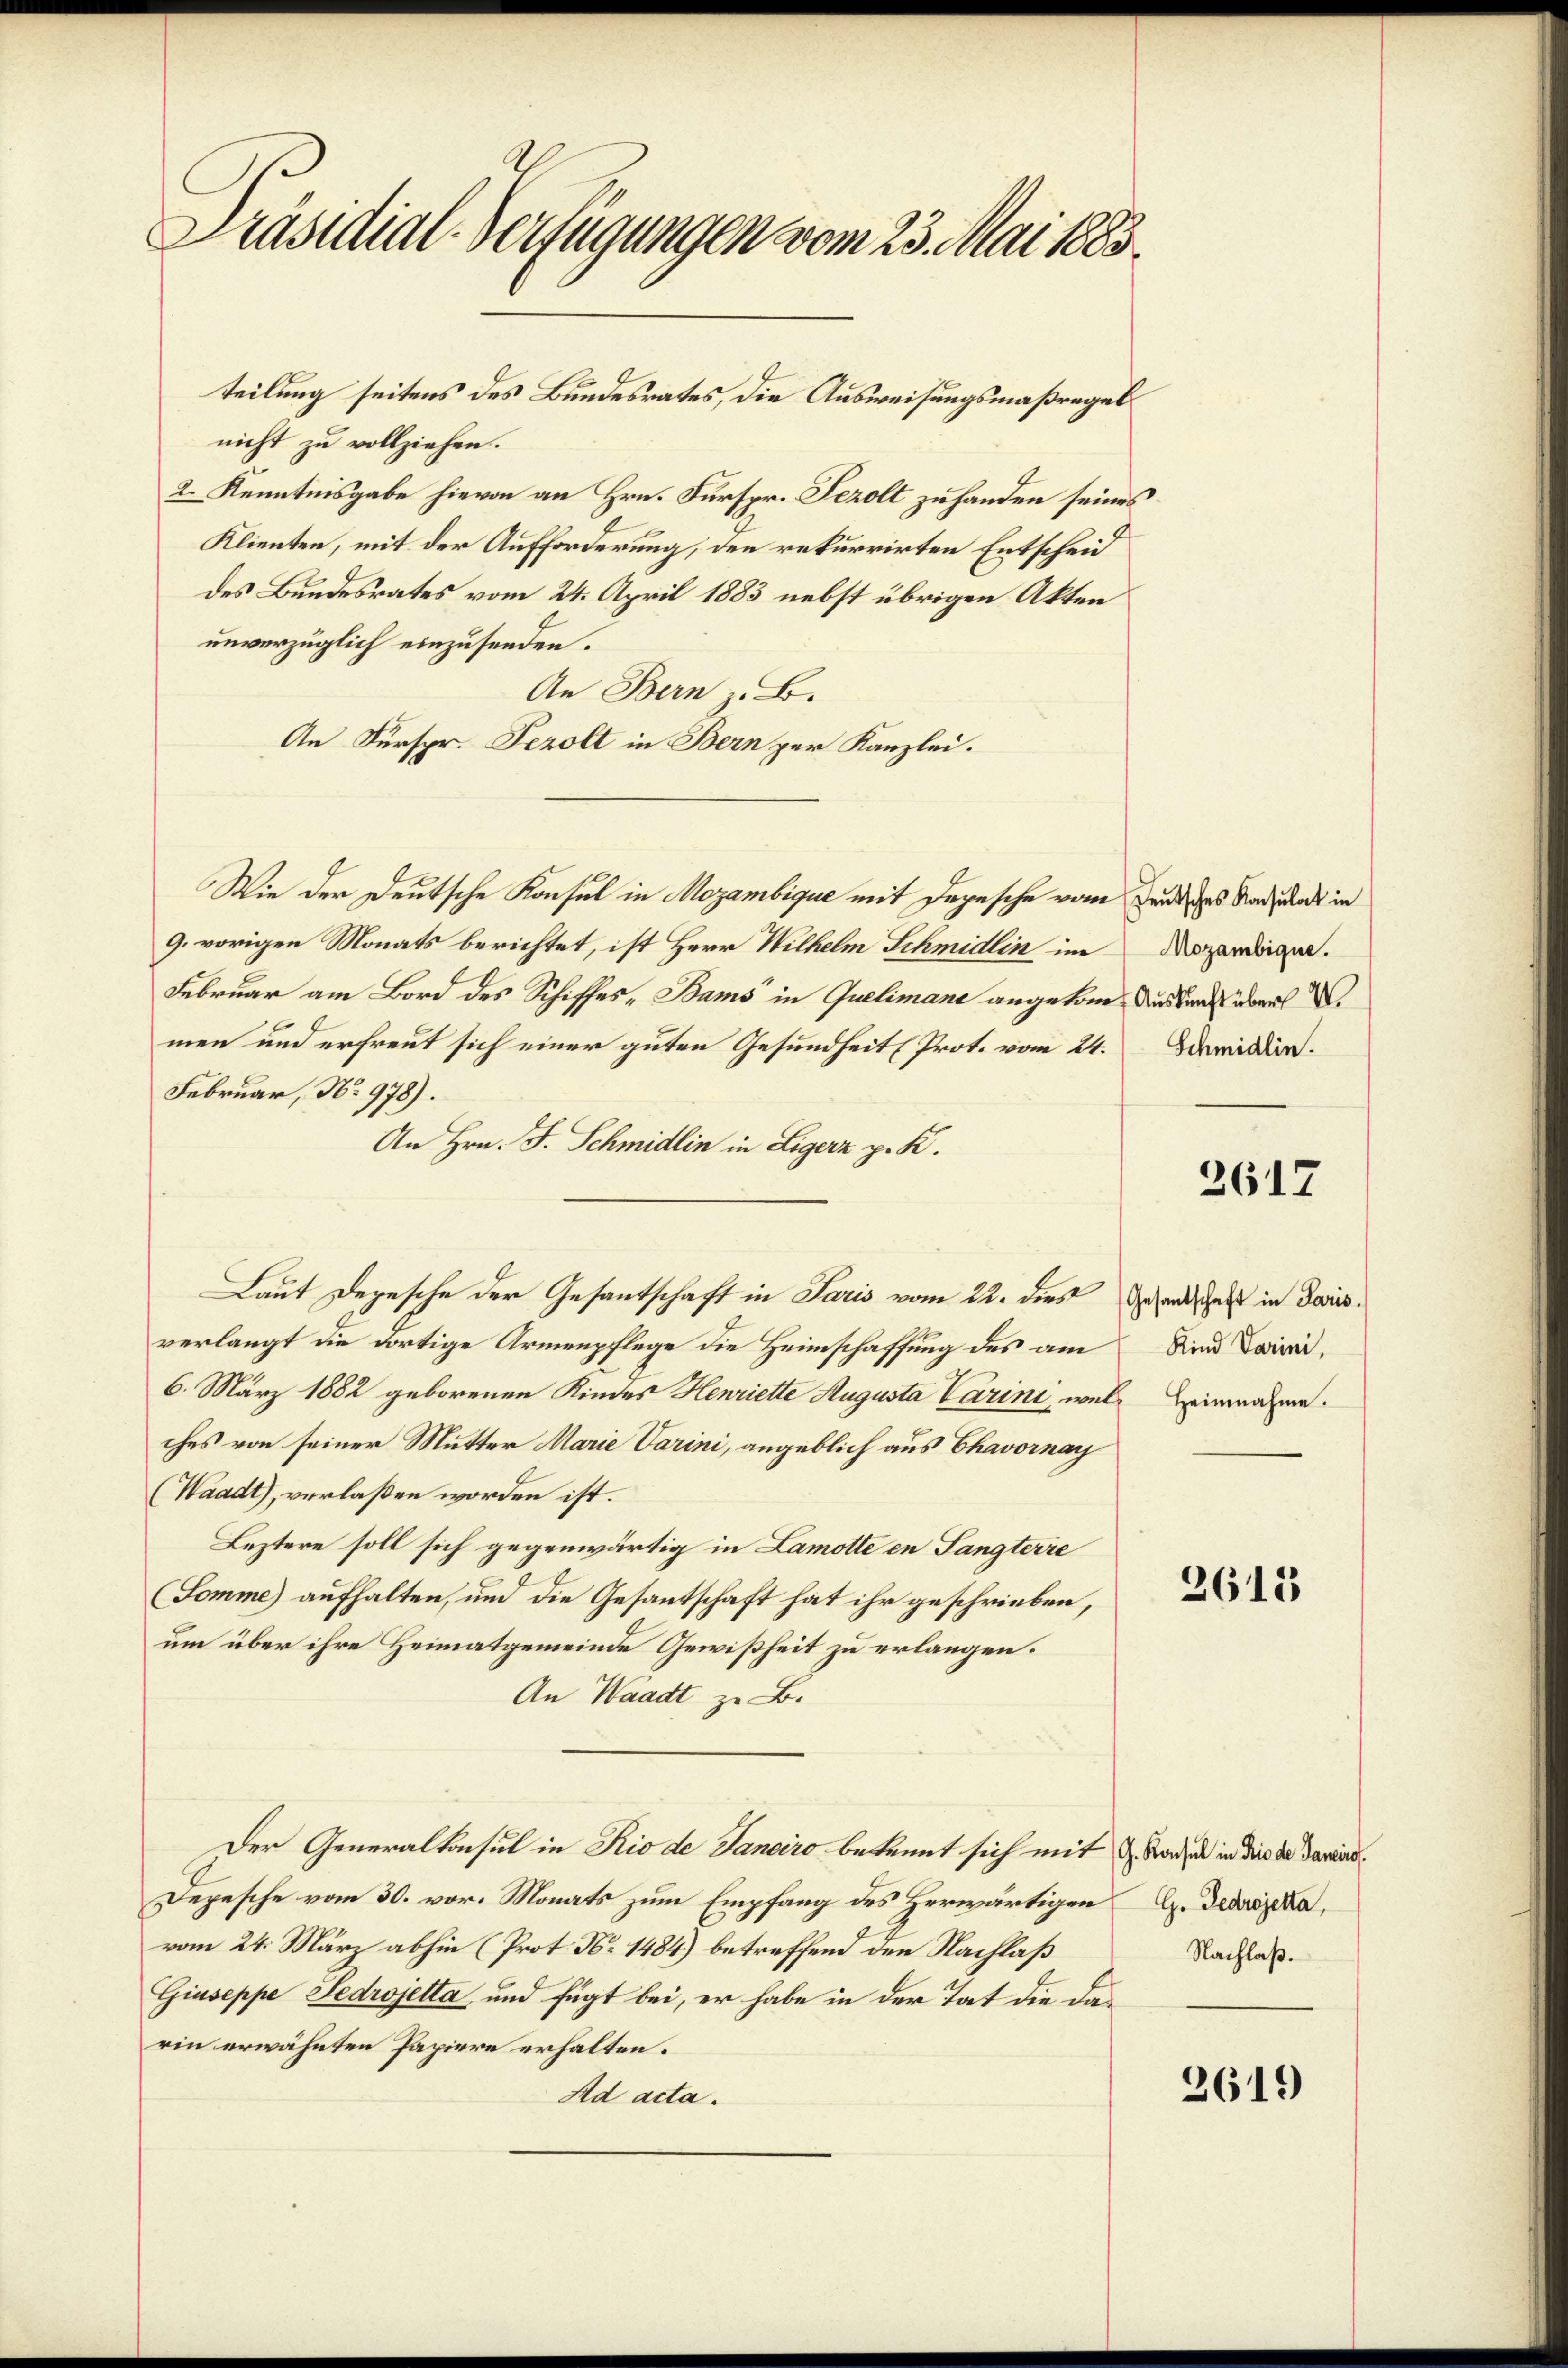
Präsidial-Verfügungen vom 23. Mai 1883.

teilung seitens des Bundesrates, die Ausweisungsmaßregel
nicht zu vollziehen.
2. Kenntnisgabe hievon an Hrn. Fürspr. Sezolt zu handen seines
Klienten, mit der Aufforderung, den rekurrirten Entscheid
des Bundesrates vom 24. April 1883 nebst übrigen Akten
unverzüglich einzusenden.
An Bern z. B.
An Fürspr. Jezolt in Bern per Kanzlei.
Wie der Deutsche Konsul in Mozambique mit Depesche vom Zendes Radiods in
9. vorigen Monats berichtet, ist Herr Wilhelm Schmidlin im Arzendigen.
Februar am Bord des Schiffes, Bams“ in Quelimane angekome aus den über.
men und erfreut sich einer guten Gesundheit (Prot. vom 24.
Februar, No. 978).
An Hrn. F. Schmidlin in Ligerz p. K.
verlangt die dortige Armenpflege die Heimschaffung des am
6. März 1882 geborenen Kindes Henriette Augusta Varini, wel Heinnahme.
ches von seiner Mutter Marie Varini, angeblich aus Chavornay
(Waadt), verlaßen worden ist.
Leztere soll sich gegenwärtig in Lamotte en Sangterie
Somme) aufhalten, und die Gesantschaft hat ihr geschrieben,
um über ihre Heimatgemeinde Gewißheit zu erlangen.
An Waadt zu B.
Der Generalkonsul in Rio de Janeiro bekannt sich mit & Stadt in die da dawid¬
Depesche vom 30. vor. Monats zum Empfang des Herwärtigen C. Dedrzka,
vom 24. März abhin (Prot. No. 1484) betreffend den Nachlaß
Giuseppe Sedrojetta und fügt bei, er habe in der Tat die das
rin erwähnten Papiere erhalten.
Ad acta.

Laut Depesche der Gesantschaft in Paris vom 22. dies Gesandtsches in daris¬

Schmidlin.

2617

Kind darini,

2615

Nachlaß.

2619